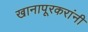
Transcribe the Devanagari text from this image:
खानापूरकरांनी